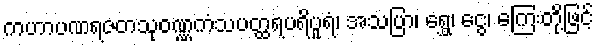
ကဟာပဏရဇတသုဝဏ္ဏကံသပတ္ထရပရိပူရံ၊ အသပြာ၊ ရွှေ၊ ငွေ၊ ကြေးတို့ဖြင့်